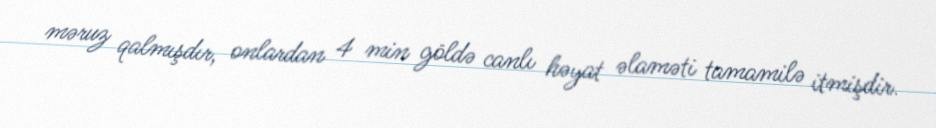
məruz qalmışdır, onlardan 4 min göldə canlı həyat əlaməti tamamilə itmişdir.